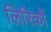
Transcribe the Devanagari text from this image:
लिरिकों